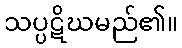
သပ္ပဋိဃမည်၏။